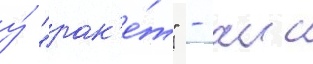
у́ "рак'е́т" - аис